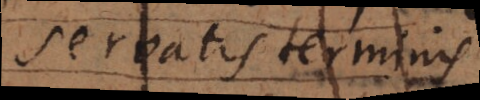
retentis terminis